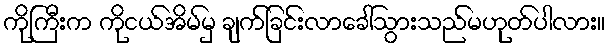
ကိုကြီးက ကိုငယ်အိမ်မှ ချက်ခြင်းလာခေါ်သွားသည်မဟုတ်ပါလား။